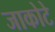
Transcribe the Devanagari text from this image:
जाकोटे